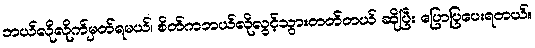
ဘယ်လိုလိုက်မှတ်ရမယ်၊ စိတ်ကဘယ်လိုလွင့်သွားတတ်တယ် ဆိုပြီး ပြောပြပေးရတယ်။